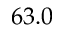
6 3 . 0